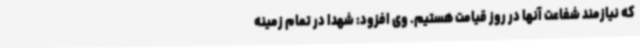
که نیازمند شفاعت آنها در روز قیامت هستیم. وی افزود: شهدا در تمام زمینه